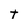
Character: t